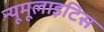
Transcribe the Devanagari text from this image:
न्यूमूलाइटिस